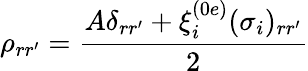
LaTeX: \rho_{rr^{\prime}}=\frac{A\delta_{rr^{\prime}}+\xi_{i}^{(0e)}(\sigma_{i})_{rr^{\prime}}}{2}